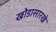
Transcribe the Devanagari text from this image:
खोडासारखे